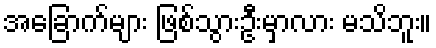
အခြောက်များ ဖြစ်သွားဦးမှာလား မသိဘူး။